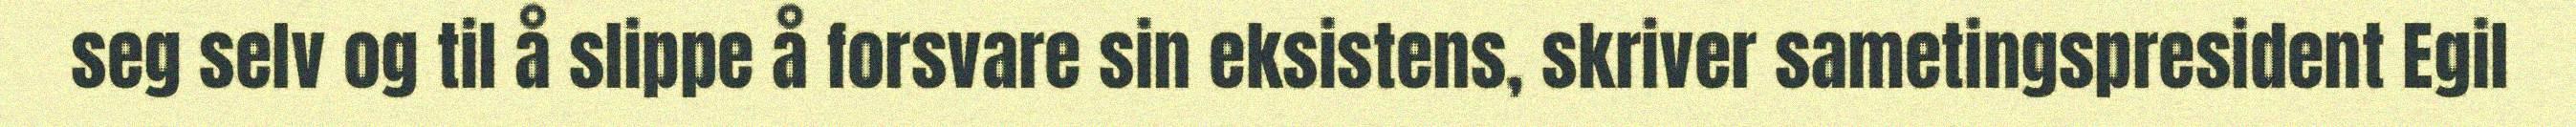
seg selv og til å slippe å forsvare sin eksistens, skriver sametingspresident Egil